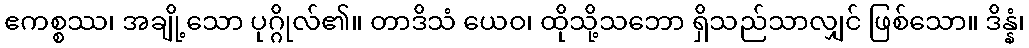
ဧကစ္စဿ၊ အချို့သော ပုဂ္ဂိုလ်၏။ တာဒိသံ ယေဝ၊ ထိုသို့သဘော ရှိသည်သာလျှင် ဖြစ်သော။ ဒိန္နံ၊